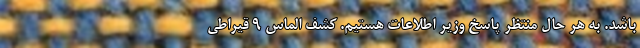
باشد. به هر حال منتظر پاسخ وزیر اطلاعات هستیم. کشف الماس 9 قیراطی